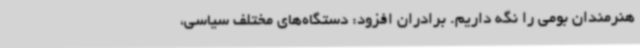
هنرمندان بومی را نگه داریم. برادران افزود: دستگاه‌های مختلف سیاسی،